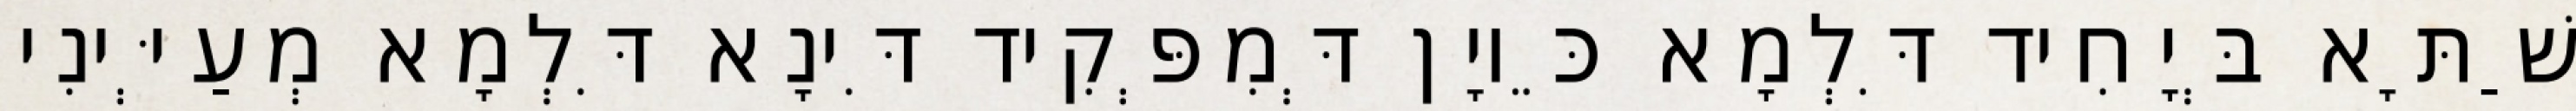
שַׁתָּא בְּיָחִיד דִּלְמָא כֵּיוָן דְּמִפְּקִיד דִּינָא דִּלְמָא מְעַיְּינִי